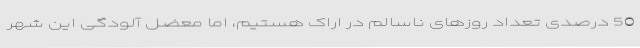
50 درصدی تعداد روزهای ناسالم در اراک هستیم، اما معضل آلودگی این شهر